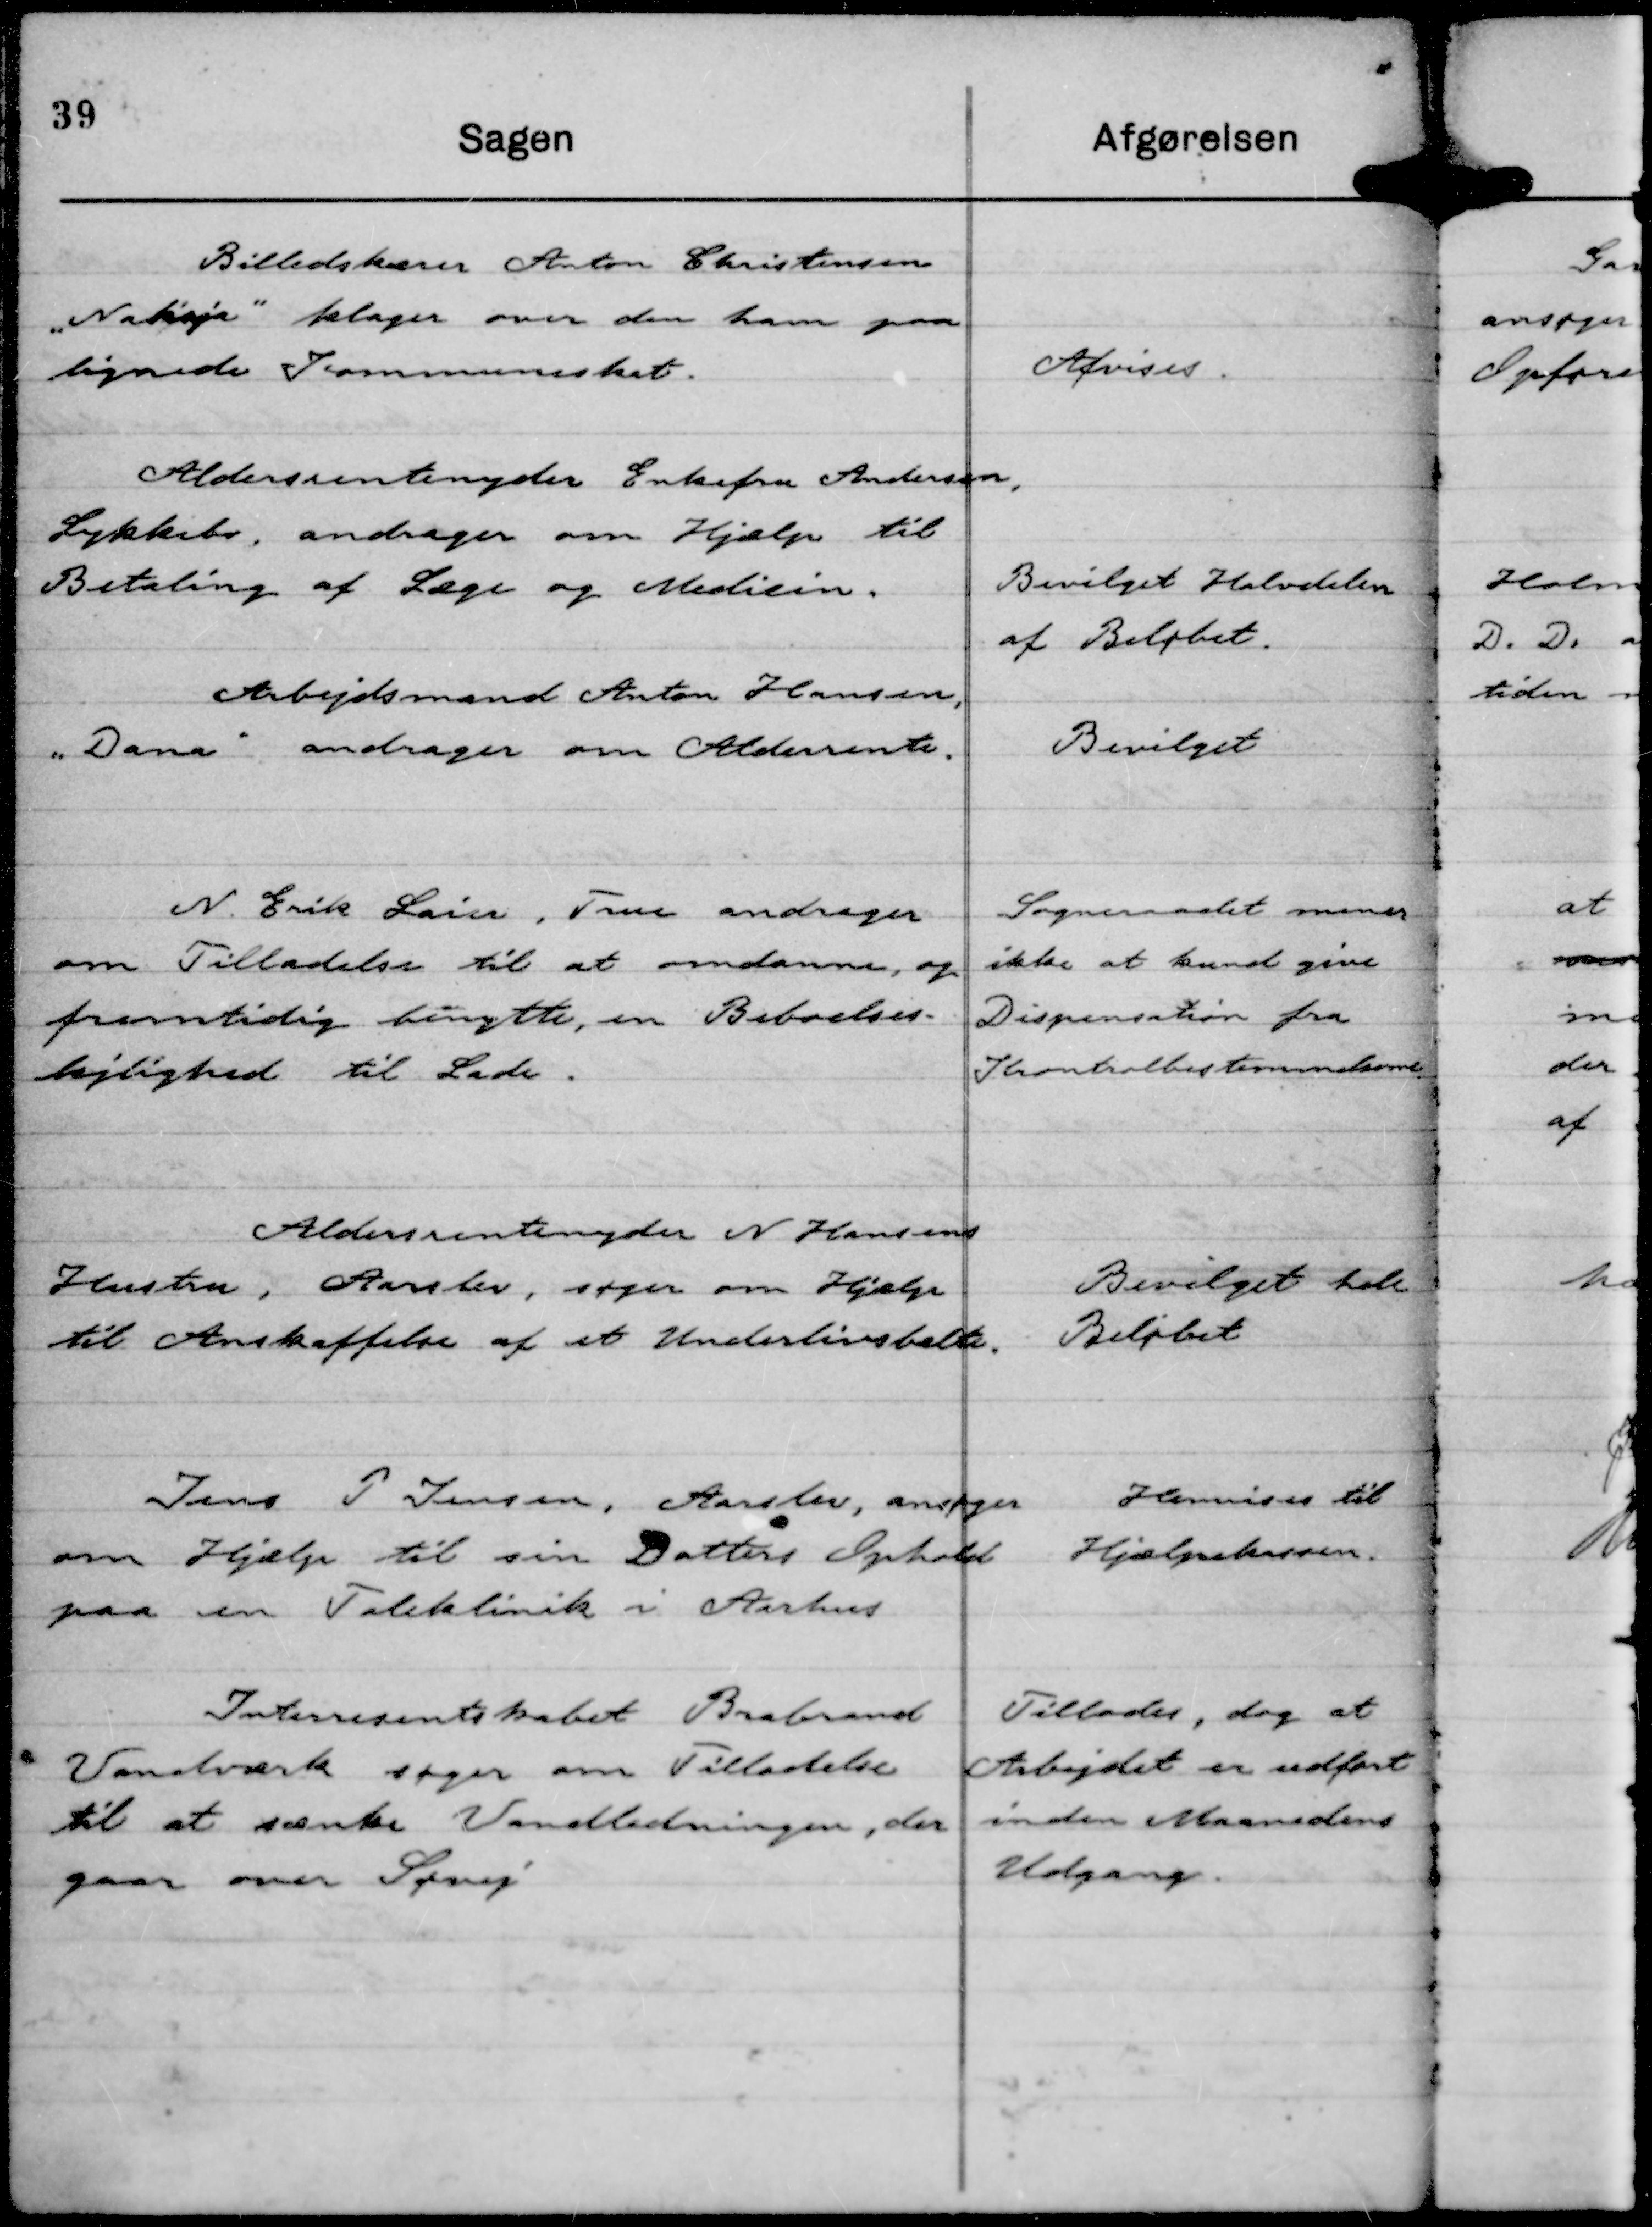
Transskription:
Billedskærer Anton Christensen
"Nakaja" klager over den ham paa-
lignede Kommuneskat.

Afvises.

Aldersrentenyder Enkefru Andersen,
Lykkebo, andrager om Hjælp til
Betaling af Læge og Medicin.

Bevilget Halvdelen
af Beløbet.

Arbejdsmand Anton Hansen,
"Dana" andrager om Aldersrente.

Bevilget

N. Erik Laier, True andrager
om Tilladelse til at omdanne, og
fremtidig benytte, en Beboelses-
lejlighed til Lade.

Sogneraadet mener
ikke at kund give
Dispensation fra
Kontrolbestemmelserne

Aldersrentenyder N Hansens
Hustru, Aarslev, søger om Hjælp
til Anskaffelse af et Underlivsbælte.

Bevilget hele
Beløbet

Jens P Jensen, Aarslev, ansøger
om Hjælp til sin Datters Ophold
paa en Taleklinik i Aarhus

Henvises til
Hjælpekassen.

Interresentskabet Brabrand
Vandværk søger om Tilladelse
til at sænke Vandledningen, der
gaar over Søvej

Tillodes, dog at
Arbejdet er udført
inden Maanedens
Udgang.